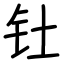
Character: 钍